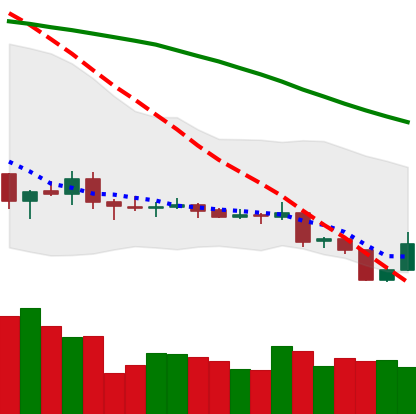
Ticker: XLM-USD
Chart end date: 2019-08-11
Forward return: -11.459%
Label: down_7plus